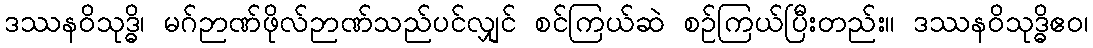
ဒဿနဝိသုဒ္ဓိ၊ မဂ်ဉာဏ်ဖိုလ်ဉာဏ်သည်ပင်လျှင် စင်ကြယ်ဆဲ စဉ်ကြယ်ပြီးတည်း။ ဒဿနဝိသုဒ္ဓိဧဝ၊